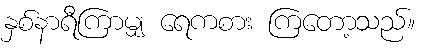
နှစ်နာရီကြာမျှ ရေကစား ကြတော့သည်။